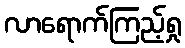
လာရောက်ကြည့်ရှု